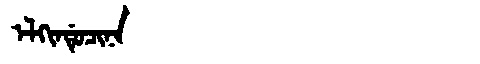
Manchu: ᡝᠯᡴᡳᠨᡩᡠᠴᡳᠨᠠ
Romanization: ELKINDUCINA